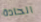
الحادة